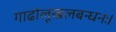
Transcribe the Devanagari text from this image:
गाढोलूखलबन्धनः।